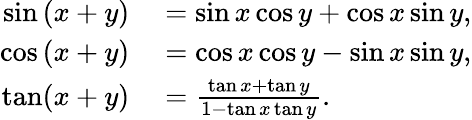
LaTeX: \begin{array}{rl}{\sin\left(x+y\right)}&{{}=\sin x\cos y+\cos x\sin y,}\\ {\cos\left(x+y\right)}&{{}=\cos x\cos y-\sin x\sin y,}\\ {\tan(x+y)}&{{}={\frac{\tan x+\tan y}{1-\tan x\tan y}}.}\end{array}